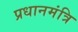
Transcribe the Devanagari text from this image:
प्रधानमंत्रि